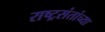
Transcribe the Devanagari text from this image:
राष्ट्रसंतांच्या